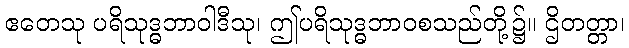
ဧတေသု ပရိသုဒ္ဓဘာဝါဒီသု၊ ဤပရိသုဒ္ဓဘာဝစသည်တို့၌။ ဌိတတ္တာ၊